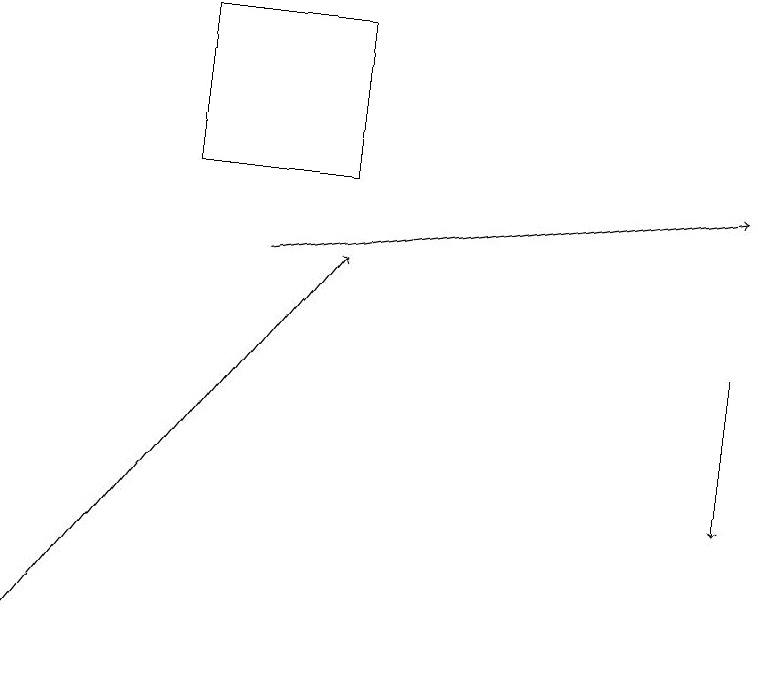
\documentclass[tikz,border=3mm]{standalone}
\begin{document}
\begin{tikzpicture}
\draw[->] (3,15) -- (9,16);
\draw[->] (0,10) -- (4,15);
\draw[->] (9,14) -- (9,12);
\draw (2,18) rectangle (4,16);
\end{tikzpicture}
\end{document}